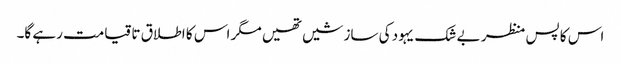
اس کا پس منظر بے شک یہود کی سازشیں تھیں مگر اس کا اطلاق تا قیامت رہے گا۔